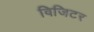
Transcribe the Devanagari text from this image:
विजिटर